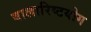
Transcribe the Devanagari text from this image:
बालारिष्टयोग